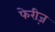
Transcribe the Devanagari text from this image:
फेरीज़